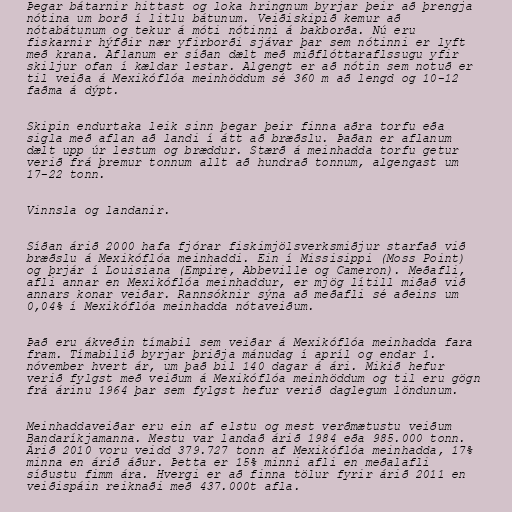
Þegar bátarnir hittast og loka hringnum byrjar þeir að þrengja
nótina um borð í litlu bátunum. Veiðiskipið kemur að
nótabátunum og tekur á móti nótinni á bakborða. Nú eru
fiskarnir hýfðir nær yfirborði sjávar þar sem nótinni er lyft
með krana. Aflanum er síðan dælt með miðflóttaraflssugu yfir
skiljur ofan í kældar lestar. Algengt er að nótin sem notuð er
til veiða á Mexikóflóa meinhöddum sé 360 m að lengd og 10-12
faðma á dýpt.

Skipin endurtaka leik sinn þegar þeir finna aðra torfu eða
sigla með aflan að landi í átt að bræðslu. Þaðan er aflanum
dælt upp úr lestum og bræddur. Stærð á meinhadda torfu getur
verið frá þremur tonnum allt að hundrað tonnum, algengast um
17-22 tonn.

Vinnsla og landanir.

Síðan árið 2000 hafa fjórar fiskimjölsverksmiðjur starfað við
bræðslu á Mexikóflóa meinhaddi. Ein í Missisippi (Moss Point)
og þrjár í Louisiana (Empire, Abbeville og Cameron). Meðafli,
afli annar en Mexikóflóa meinhaddur, er mjög lítill miðað við
annars konar veiðar. Rannsóknir sýna að meðafli sé aðeins um
0,04% í Mexikóflóa meinhadda nótaveiðum.

Það eru ákveðin tímabil sem veiðar á Mexikóflóa meinhadda fara
fram. Tímabilið byrjar þriðja mánudag í apríl og endar 1.
nóvember hvert ár, um það bil 140 dagar á ári. Mikið hefur
verið fylgst með veiðum á Mexikóflóa meinhöddum og til eru gögn
frá árinu 1964 þar sem fylgst hefur verið daglegum löndunum.

Meinhaddaveiðar eru ein af elstu og mest verðmætustu veiðum
Bandaríkjamanna. Mestu var landað árið 1984 eða 985.000 tonn.
Árið 2010 voru veidd 379.727 tonn af Mexikóflóa meinhadda, 17%
minna en árið áður. Þetta er 15% minni afli en meðalafli
síðustu fimm ára. Hvergi er að finna tölur fyrir árið 2011 en
veiðispáin reiknaði með 437.000t afla.